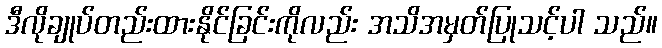
ဒီလိုချုပ်တည်းထားနိုင်ခြင်းကိုလည်း အသိအမှတ်ပြုသင့်ပါ သည်။